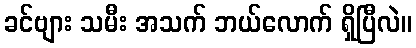
ခင်ဗျား သမီး အသက် ဘယ်လောက် ရှိပြီလဲ။